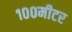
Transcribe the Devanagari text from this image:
१००मीटर